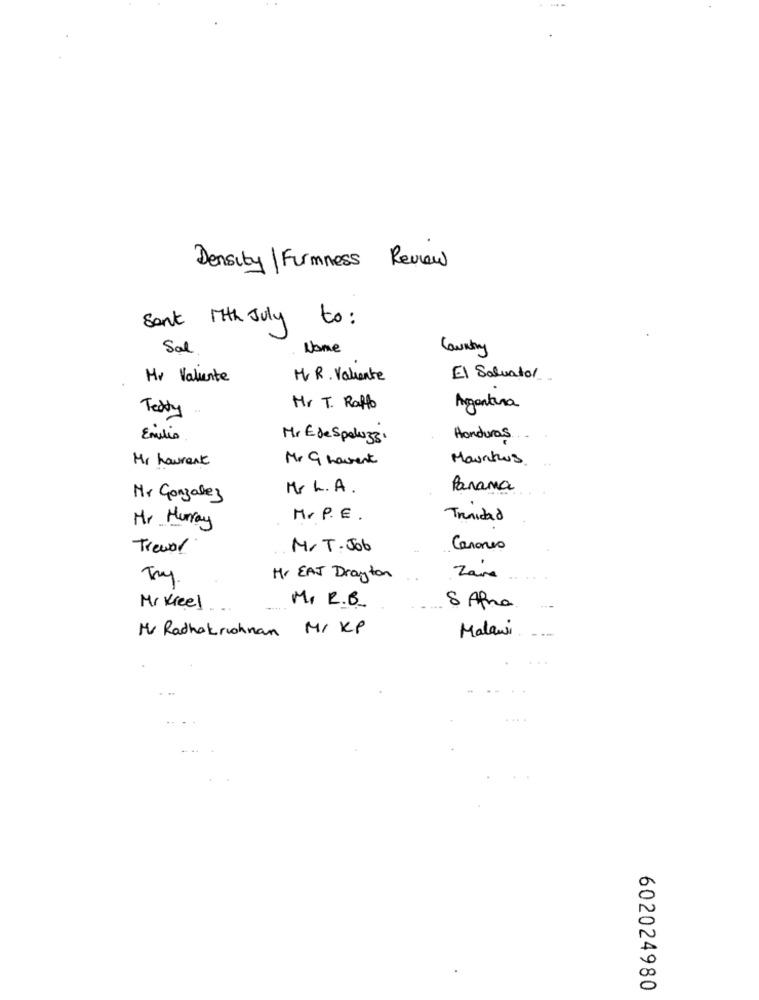
Density| Firmness Review
Sont Mith July to :
Sal
Nome
Mr Valiente
M. R. Valiente
El Salvador
Mr. T. Raffo
Argentina
Texty
Emilia
Mr E de Spolu 33.
Honduras
Mr Laurent
Mr G howent
Mauritius.
Mr L. A.
Panama
Mr Gonzalez
M. P.E .
Trinidad
Mr Hurray
Trevor
M.T.Job
Canones
Try
Hr EAT Drayton
Zare
Mr Kreel
M. R.B.
8 Afra
Mr Radhokrohnan M/ KP
Malawi
....
602024980